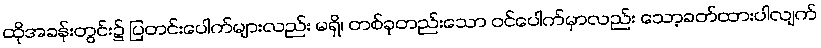
ထိုအခန်းတွင်း၌ ပြတင်းပေါက်များလည်း မရှိ၊ တစ်ခုတည်းသော ဝင်ပေါက်မှာလည်း သော့ခတ်ထားပါလျက်